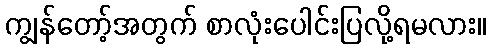
ကျွန်တော့်အတွက် စာလုံးပေါင်းပြလို့ရမလား။